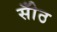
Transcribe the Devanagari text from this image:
सोँठ